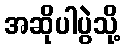
အဆိုပါပွဲသို့